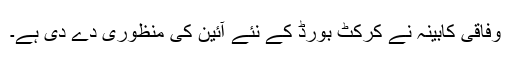
وفاقی کابینہ نے کرکٹ بورڈ کے نئے آئین کی منظوری دے دی ہے۔